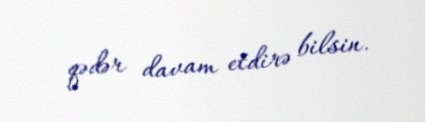
qədər davam etdirə bilsin.